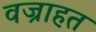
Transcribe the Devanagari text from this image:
वज्राहत